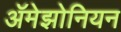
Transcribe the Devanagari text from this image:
ॲमेझोनियन